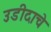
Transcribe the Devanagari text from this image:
उडीदाचे